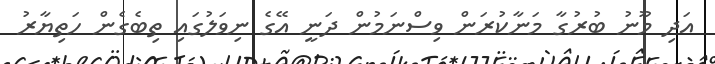
އަދި މޫނު ބުރުގާ މަނާކުރަން ވިސްނަމުން ދަނީ އޭގެ ނިވަލުގައި ތިބެގެން ހަތިޔާރު